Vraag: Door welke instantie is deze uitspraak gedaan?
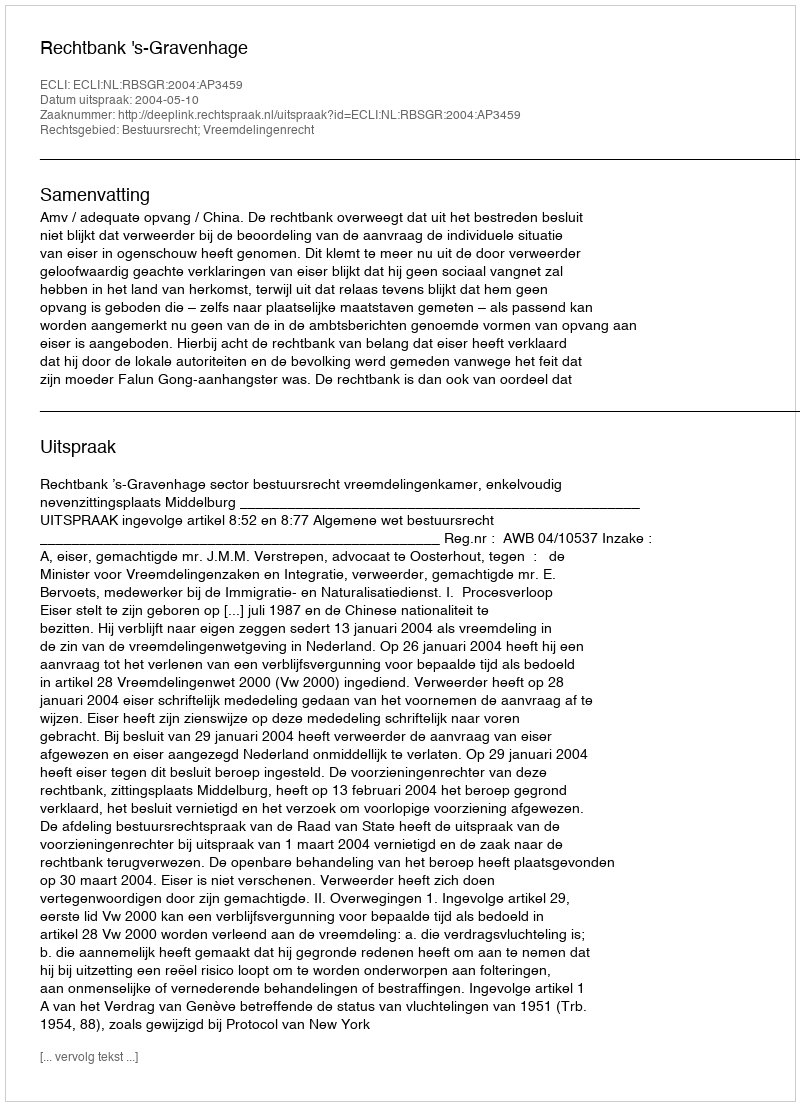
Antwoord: Rechtbank 's-Gravenhage